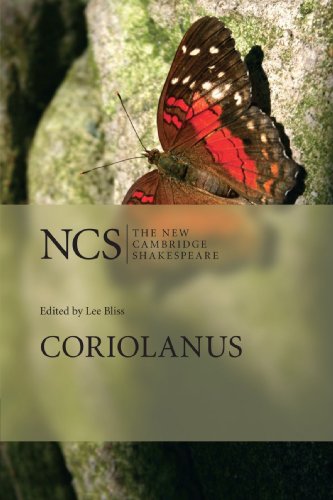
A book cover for Coriolanus (The New Cambridge Shakespeare); William Shakespeare; Literature & Fiction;